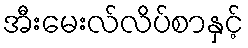
အီးမေးလ်လိပ်စာနှင့်